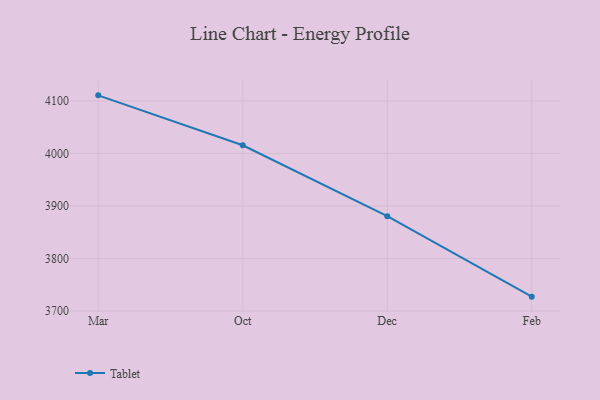
{"axis": {"x": "Month", "y": "Population (Million)"}, "legend": ["Tablet"], "data": [{"x": "Mar", "y": 4110.7, "type": "Tablet"}, {"x": "Oct", "y": 4015.7, "type": "Tablet"}, {"x": "Dec", "y": 3880.6, "type": "Tablet"}, {"x": "Feb", "y": 3727.3, "type": "Tablet"}]}